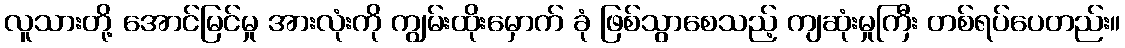
လူသားတို့ အောင်မြင်မှု အားလုံးကို ကျွမ်းထိုးမှောက် ခုံ ဖြစ်သွာစေသည့် ကျဆုံးမှုကြီး တစ်ရပ်ပေတည်း။